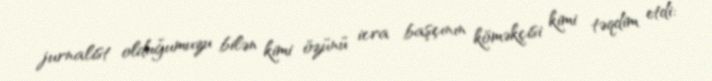
jurnalist olduğumuzu bilən kimi özünü icra başçının köməkçisi kimi təqdim etdi: